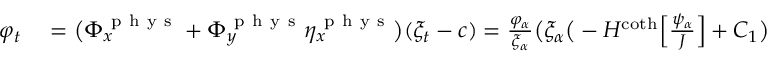
\begin{array} { r l } { \varphi _ { t } } & { { } = \big ( \Phi _ { x } ^ { \mathrm { ~ p ~ h ~ y ~ s ~ } } + \Phi _ { y } ^ { \mathrm { ~ p ~ h ~ y ~ s ~ } } \eta _ { x } ^ { \mathrm { ~ p ~ h ~ y ~ s ~ } } \big ) ( \xi _ { t } - c ) = \frac { \varphi _ { \alpha } } { \xi _ { \alpha } } \big ( \xi _ { \alpha } \big ( - H ^ { \coth } \Big [ \frac { \psi _ { \alpha } } { J } \Big ] + C _ { 1 } \big ) + \eta _ { \alpha } \frac { \psi _ { \alpha } } { J } - c \big ) } \end{array}